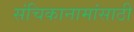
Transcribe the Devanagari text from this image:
संचिकानामांसाठी